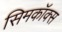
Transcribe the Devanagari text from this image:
सिमकॉक्स